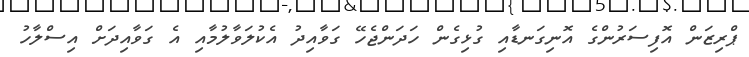
ޕްރިޒަން އޮފިސަރުންގެ އޮނިގަނޑާއި ގުޅިގެން ހަދަންޖެހޭ ގަވާއިދު އެކުލަވާލުމާއި އެ ގަވާއިދަށް އިސްލާހު